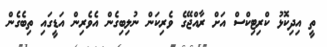
ތީ އިދިކޮޅު ކްރިޓިކްސް އަށް ރާއްޖޭގެ ވެރިކަން ނުލިބިގެން އެވެރިން އަޑީގައި ތިބެގެން